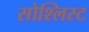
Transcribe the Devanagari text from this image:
सोश्लिस्ट